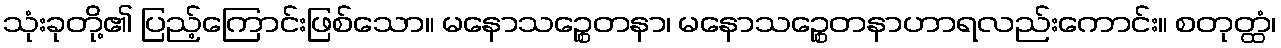
သုံးခုတို့၏ ပြည့်ကြောင်းဖြစ်သော။ မနောသဉ္စေတနာ၊ မနောသဉ္စေတနာဟာရလည်းကောင်း။ စတုတ္ထံ၊